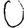
Digit: 0